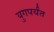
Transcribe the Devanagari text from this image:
युगपर्यंत